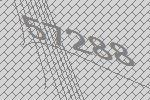
57288